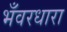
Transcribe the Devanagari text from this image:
भँवरधारा